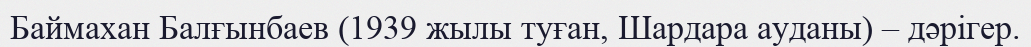
Баймахан Балғынбаев (1939 жылы туған, Шардара ауданы) – дәрігер.